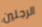
الرجلين